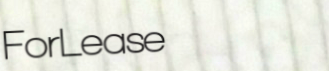
ForLease